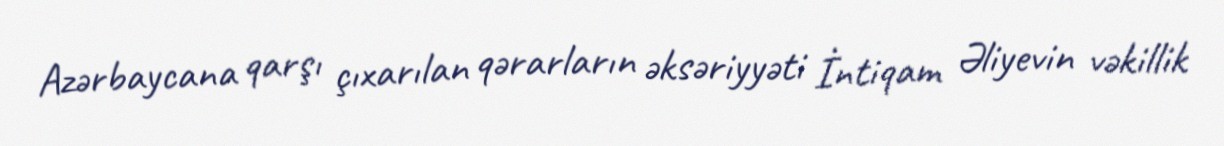
Azərbaycana qarşı çıxarılan qərarların əksəriyyəti İntiqam Əliyevin vəkillik